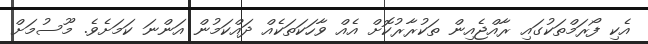
އެކި ފޯރަމްތަކުގައި ރާއްޖެއިން ތަކުރާރުކޮށް އެއް ވާހަކަތަކެއް ދައްކަމުން އަންނަ ކަމަށެވެ. މޫސުމަށް